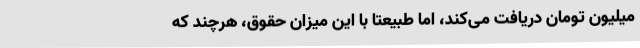
میلیون تومان دریافت می‌کند، اما طبیعتا با این میزان حقوق، هرچند که